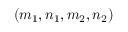
( m _ { 1 } , n _ { 1 } , m _ { 2 } , n _ { 2 } )